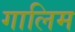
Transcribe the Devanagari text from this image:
गालिम